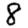
Digit: 8